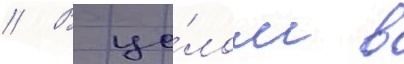
// В це́лом в